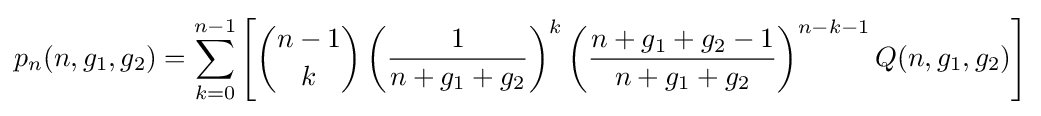
p_{n}(n,g_{1},g_{2})=\sum _{k=0}^{n-1}\left[{\binom {n-1}{k}}\left({\frac {1}{n+g_{1}+g_{2}}}\right)^{k}\left({\frac {n+g_{1}+g_{2}-1}{n+g_{1}+g_{2}}}\right)^{n-k-1}Q(n,g_{1},g_{2})\right]